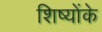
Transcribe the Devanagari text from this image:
शिष्योंके